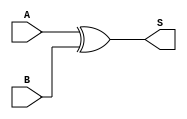
module xor_gate (
    input wire A,  // First input
    input wire B,  // Second input
    output wire S  // Output
);
    assign S = A ^ B;  // XOR operation
endmodule